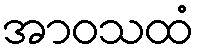
အာဝသထံ